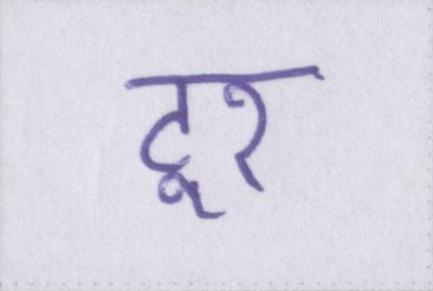
टूर